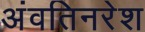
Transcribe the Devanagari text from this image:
अंवतिनरेश